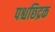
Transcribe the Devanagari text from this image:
पश्चछिद्रक